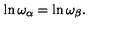
\ln \omega _ { \alpha } = \ln \omega _ { \beta } .